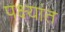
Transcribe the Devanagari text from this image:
पक्ष्यांत